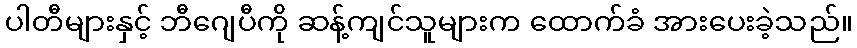
ပါတီများနှင့် ဘီဂျေပီကို ဆန့်ကျင်သူများက ထောက်ခံ အားပေးခဲ့သည်။